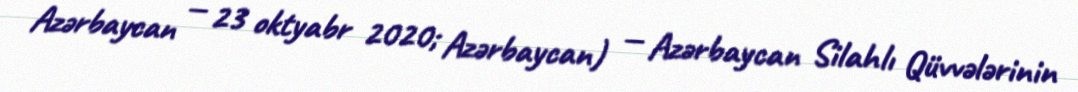
Azərbaycan — 23 oktyabr 2020; Azərbaycan) — Azərbaycan Silahlı Qüvvələrinin